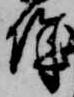
城